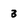
Character: 3